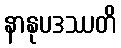
နာနုပဒဿတိ